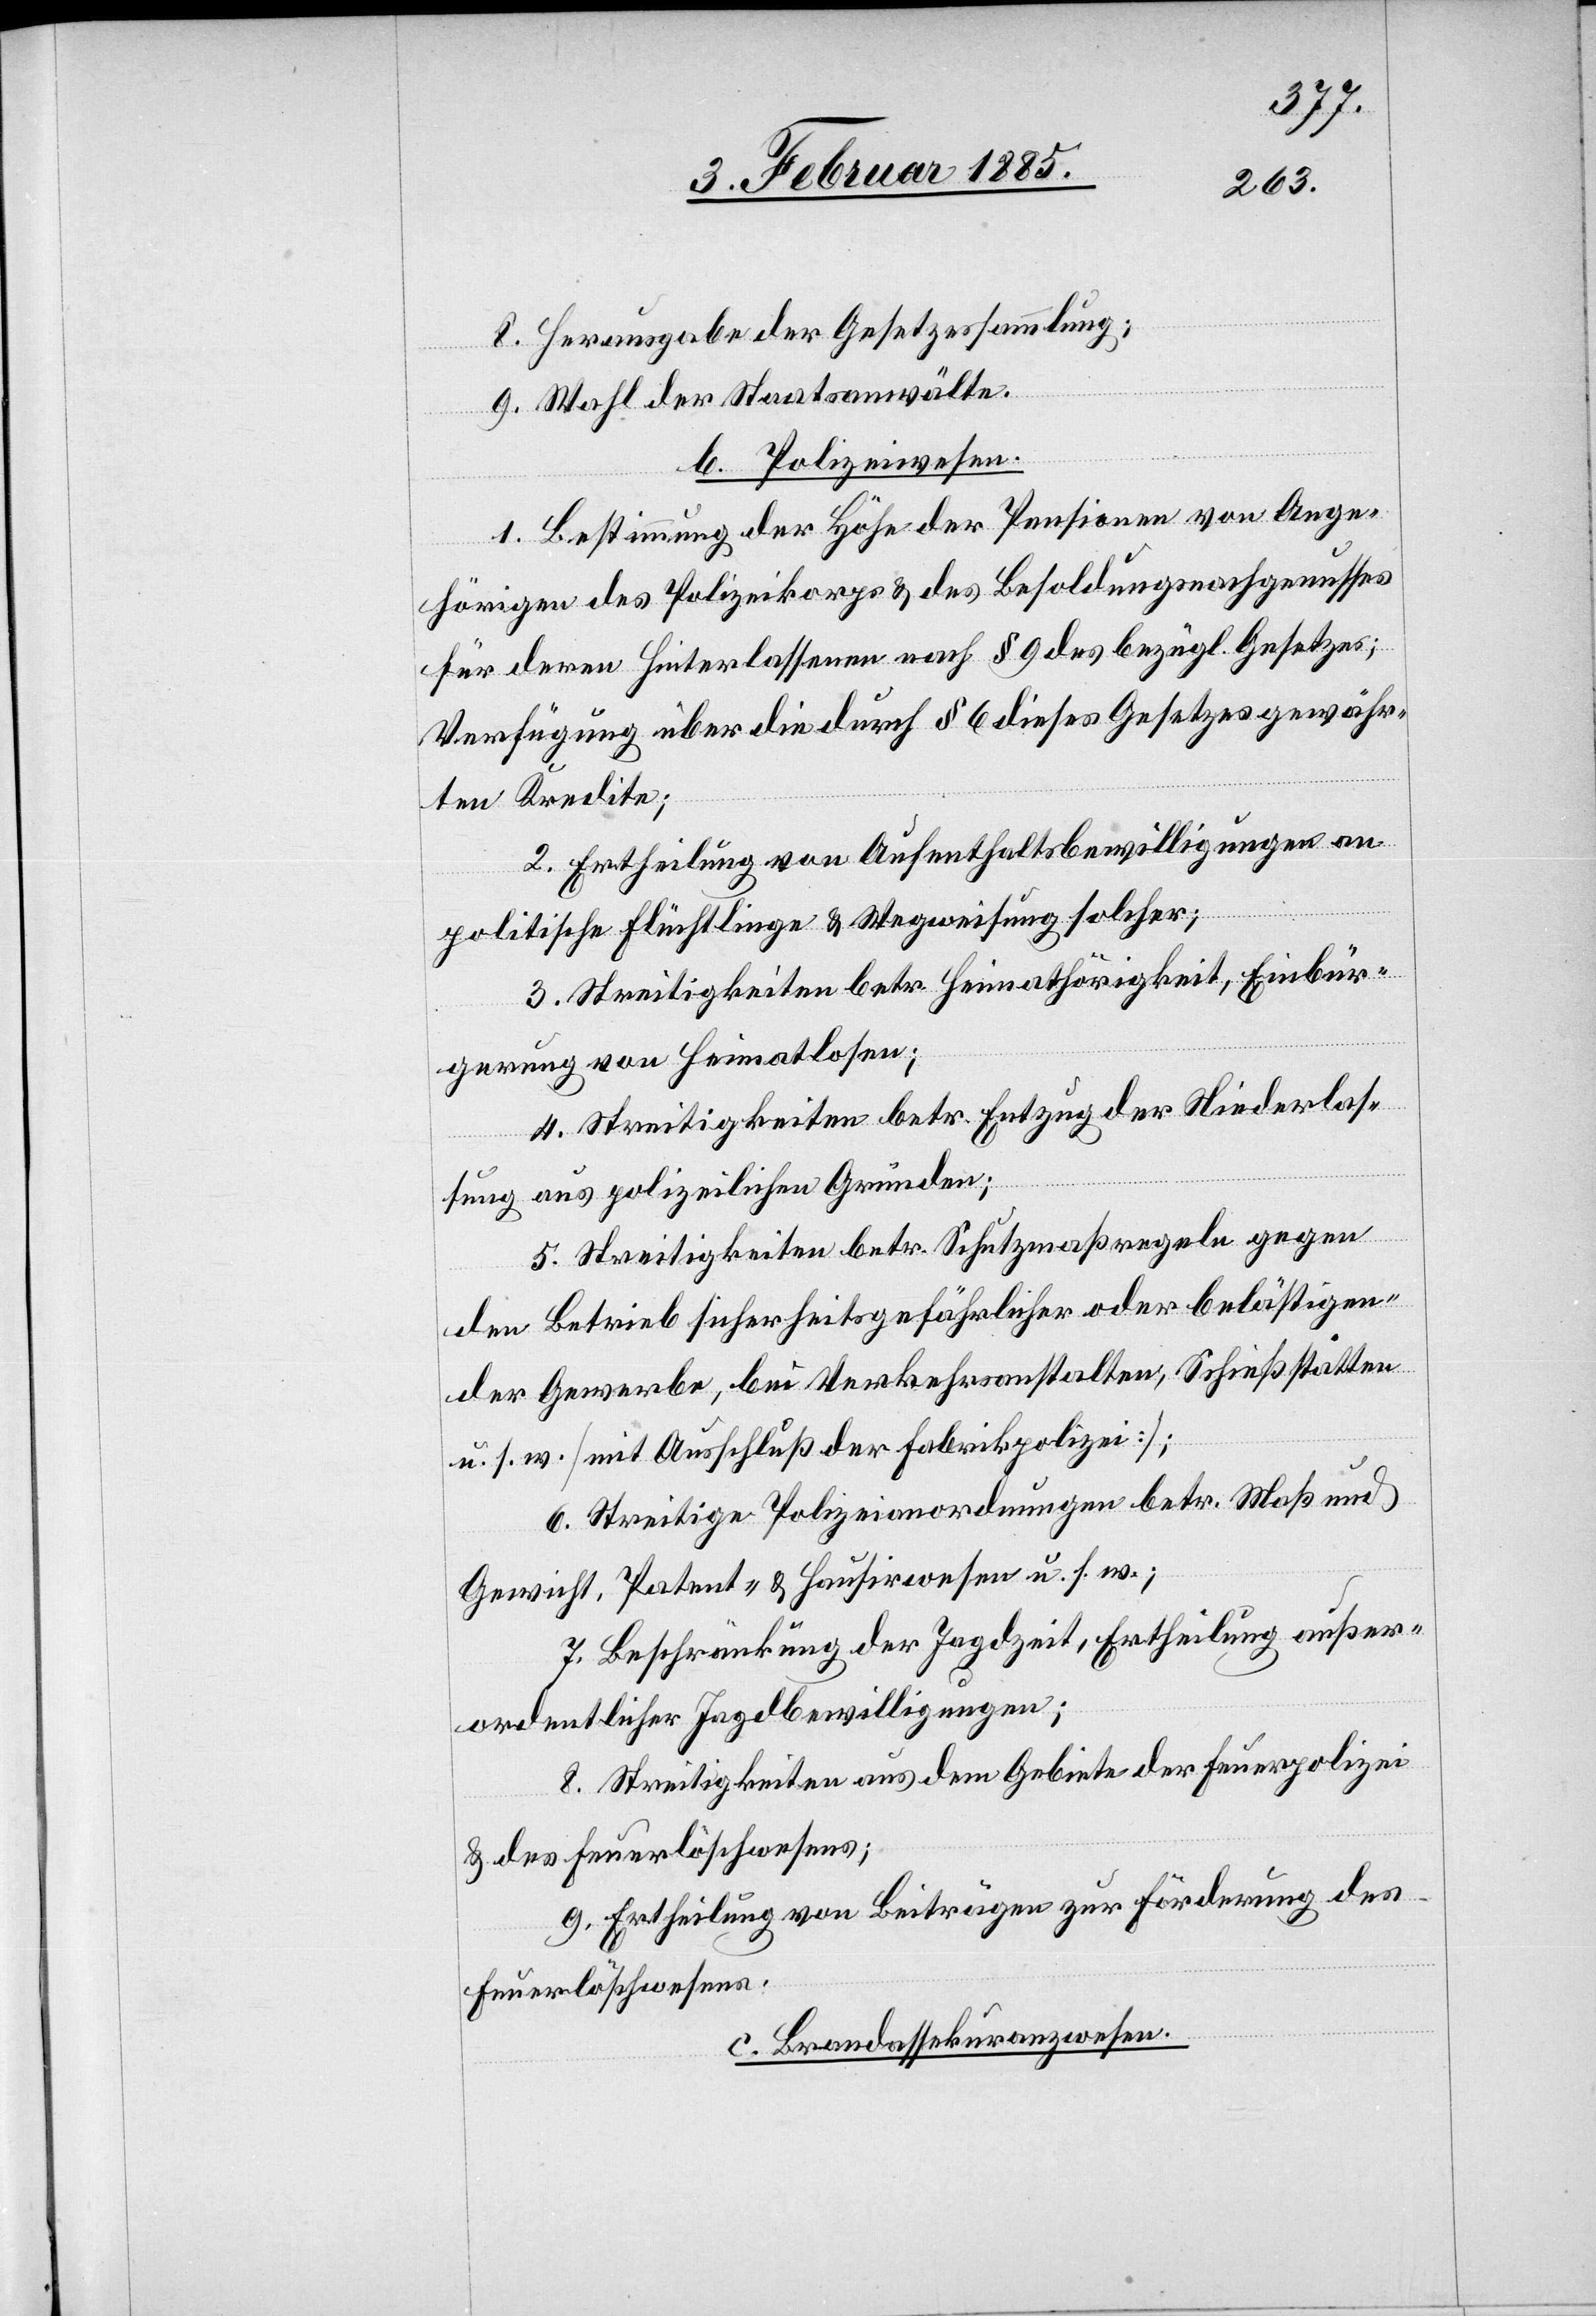
8. Herausgabe der Gesetzessammlung;
9. Wahl der Staatsanwälte.
b. Polizeiwesen.
1. Bestimmung der Höhe der Pensionen von Ange¬
hörigen des Polizeikorps & des Besoldungsnachgenusses
für deren Hinterlassenen nach § 9 des bezügl. Gesetzes;
Verfügung über die durch § 6 dieses Gesetzes gewähr¬
ten Kredite;
2. Ertheilung von Aufenthaltsbewilligungen an
politische Flüchtlinge & Wegweisung solcher;
3. Streitigkeiten betr. Heimathörigkeit, Einbür¬
gerung von Heimatlosen;
4. Streitigkeiten betr. Entzug der Niederlas¬
sung aus polizeilichen Gründen;
5. Streitigkeiten betr. Schutzmaßregeln gege¬
n Betriebe sicherheitsgefährlicher oder belästigen¬
der Gewerbe, bei Verkehrsanstalten, Schießstätten
u. s. f. [mit Ausschluß der Fabrikpolizei];
6. Streitige Polizeiordnungen betr. Maß und
Gewicht, Patent- & Hausirwesen u. s. f.;
7. Beschränkung der Jagdzeit, Ertheilung außer¬
ordentlicher Jagdbewilligungen;
8. Streitigkeiten aus dem Gebiete der Feuerpolizei
& des Feuerlöschwesens;
9. Ertheilung von Beiträgen zur Förderung des
Feuerlöschwesens.
c. Brandassekuranzwesen.